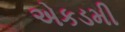
એકડમી